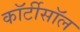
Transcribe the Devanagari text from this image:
कॉर्टीसॉल